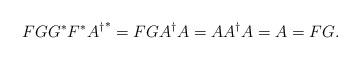
LaTeX: \begin{align*}FGG^*F^*{A^{\dagger}}^*=FGA^{\dagger}A=AA^{\dagger}A=A=FG.\end{align*}